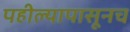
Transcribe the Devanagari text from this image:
पहील्यापासूनच